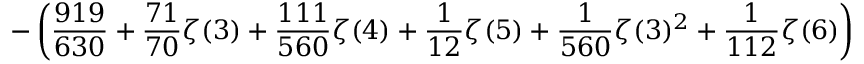
\displaystyle - \left( \frac { 9 1 9 } { 6 3 0 } + \frac { 7 1 } { 7 0 } \zeta ( 3 ) + \frac { 1 1 1 } { 5 6 0 } \zeta ( 4 ) + \frac { 1 } { 1 2 } \zeta ( 5 ) + \frac { 1 } { 5 6 0 } \zeta ( 3 ) ^ { 2 } + \frac { 1 } { 1 1 2 } \zeta ( 6 ) \right)